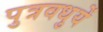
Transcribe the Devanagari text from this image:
पुत्रवधुयें